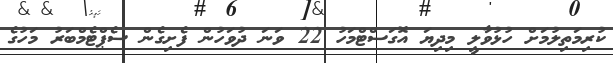
ކުރިމަތިލުމަށް ހުޅުވާލީ މިދިޔަ އޮގަސްޓްމަހު 22 ވަނަ ދުވަހުން ފެށިގެން ސެޕްޓެމްބަރު މަހުގެ